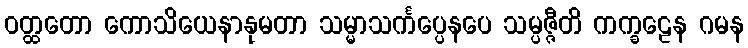
ဝတ္ထတော ကောသိယေနာနုမတာ သမ္မာသင်္ကပ္ပေနပေ သမ္ပဇ္ဇီတိ ကက္ခဠေန ဂမန